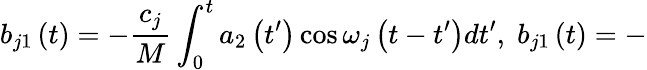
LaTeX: b_{j1}\left(t\right)=-\frac{c_{j}}M\int_{0}^{t}a_{2}\left(t^{\prime}\right)\cos\omega_{j}\left(t-t^{\prime}\right)dt^{\prime},\; b_{j1}\left(t\right)=-